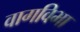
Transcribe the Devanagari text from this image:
वागविभा